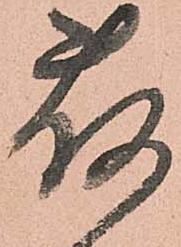
荷